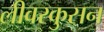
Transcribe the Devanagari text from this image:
लीवरकुसन